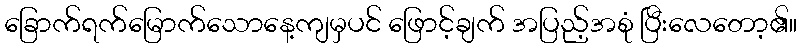
ခြောက်ရက်မြောက်သောနေ့ကျမှပင် ဖြောင့်ချက် အပြည့်အစုံ ပြီးလေတော့၏။